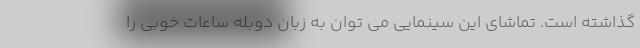
گذاشته است. تماشای این سینمایی می توان به زبان دوبله ساعات خوبی را